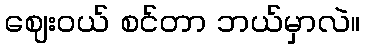
ဈေးဝယ် စင်တာ ဘယ်မှာလဲ။